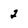
Character: 2